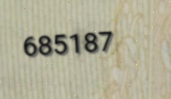
685187